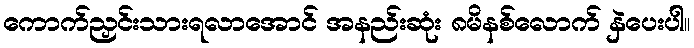
ကောက်ညှင်းသားရလာအောင် အနည်းဆုံး ၈မိနစ်လောက် နှဲပေးပါ။